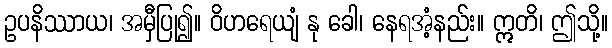
ဥပနိဿာယ၊ အမှီပြု၍။ ဝိဟရေယျံ နု ခေါ၊ နေရအံ့နည်း။ ဣတိ၊ ဤသို့။